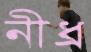
নীধ্র